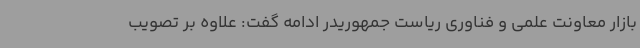
بازار معاونت علمی و فناوری ریاست جمهوریدر ادامه گفت: علاوه بر تصویب